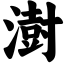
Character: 澍